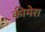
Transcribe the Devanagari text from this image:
कीमेरा